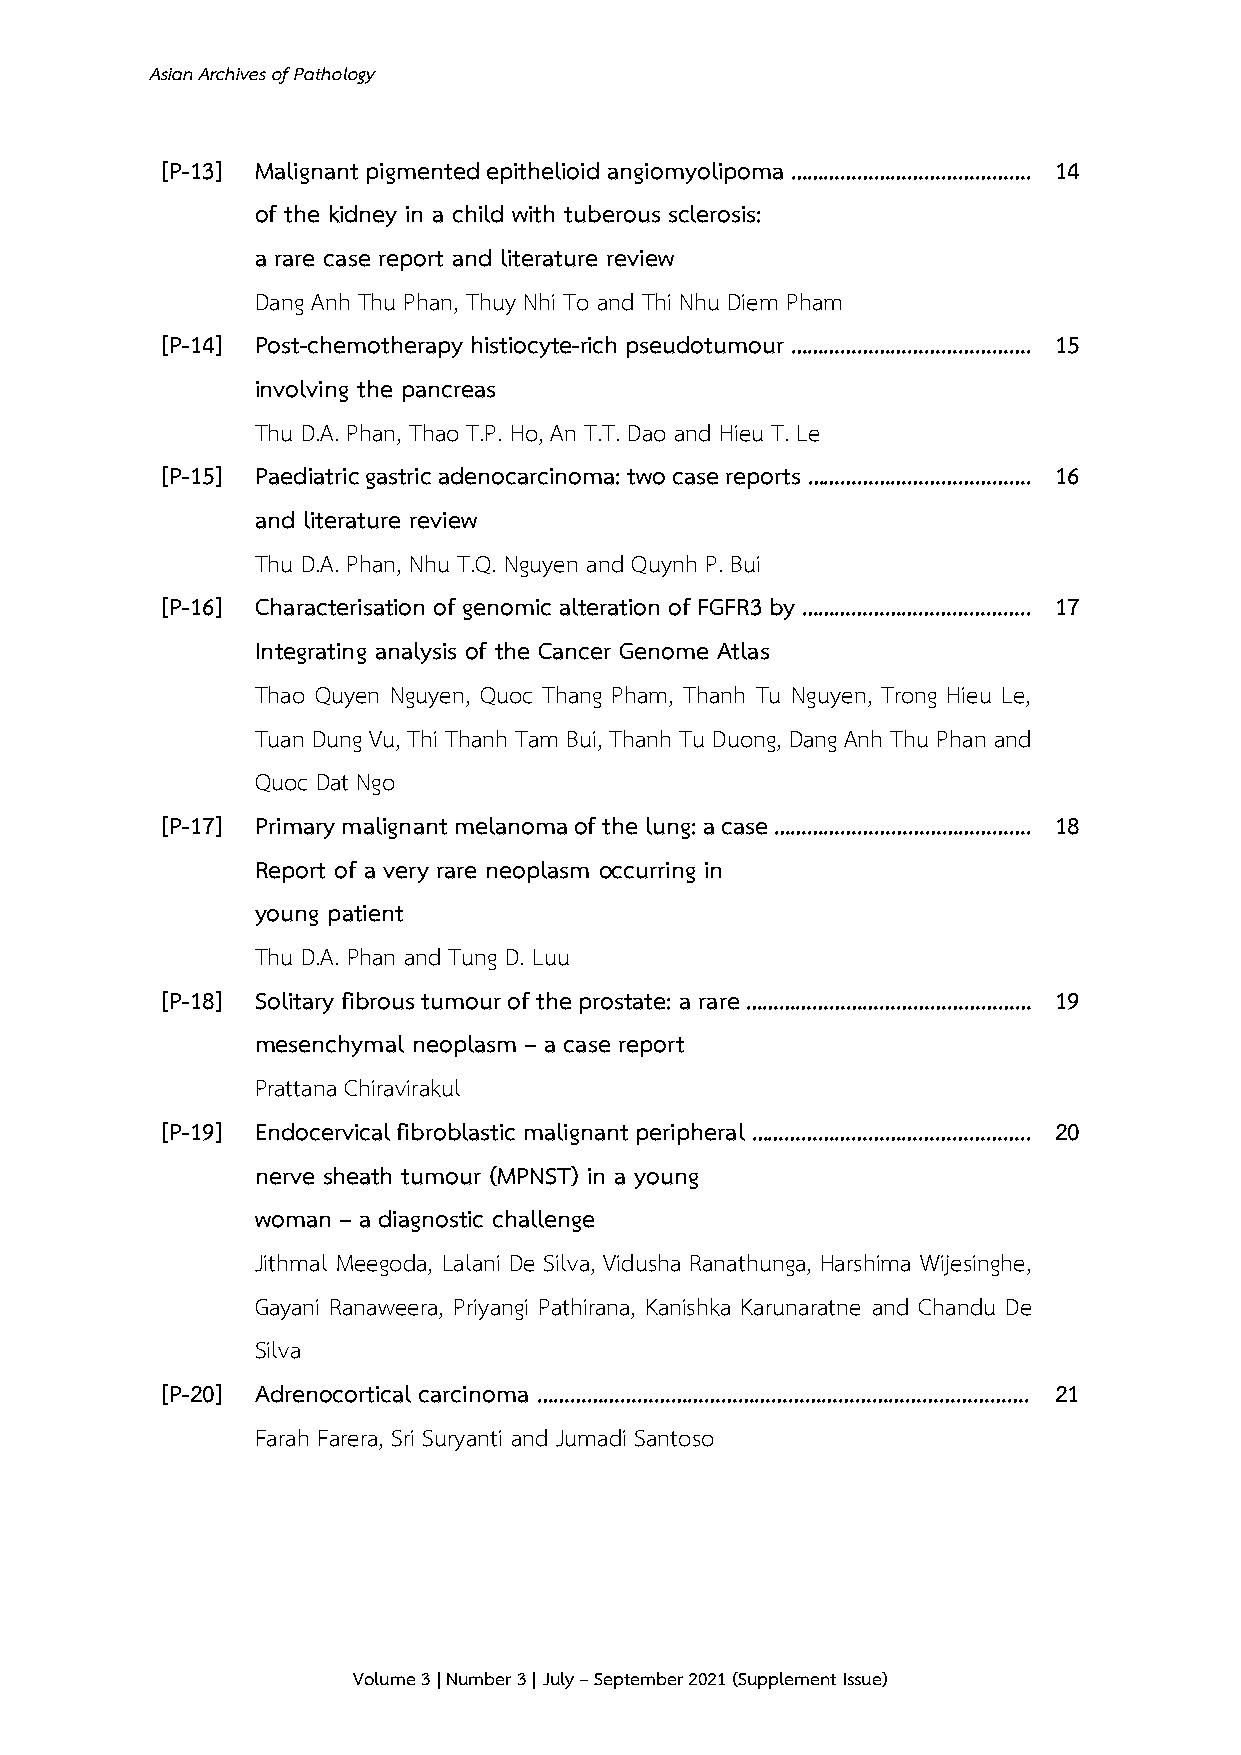
Asian Archives of Pathology
 [P-13] Malignant pigmented epithelioid angiomyolipoma ……………………………………. 14
 of the kidney in a child with tuberous sclerosis:
 a rare case report and literature review
 Dang Anh Thu Phan, Thuy Nhi To and Thi Nhu Diem Pham
 [P-14] Post-chemotherapy histiocyte-rich pseudotumour ……………………………………. 15
 involving the pancreas
 Thu D.A. Phan, Thao T.P. Ho, An T.T. Dao and Hieu T. Le
 [P-15] Paediatric gastric adenocarcinoma: two case reports …………………………………. 16
 and literature review
 Thu D.A. Phan, Nhu T.Q. Nguyen and Quynh P. Bui
 [P-16] Characterisation of genomic alteration of FGFR3 by ………………………………….. 17
 Integrating analysis of the Cancer Genome Atlas
 Thao Quyen Nguyen, Quoc Thang Pham, Thanh Tu Nguyen, Trong Hieu Le,
 Tuan Dung Vu, Thi Thanh Tam Bui, Thanh Tu Duong, Dang Anh Thu Phan and
 Quoc Dat Ngo
 [P-17] Primary malignant melanoma of the lung: a case ………………………………………. 18
 Report of a very rare neoplasm occurring in
 young patient
 Thu D.A. Phan and Tung D. Luu
 [P-18] Solitary fibrous tumour of the prostate: a rare …………………………………………… 19
 mesenchymal neoplasm – a case report
 Prattana Chiravirakul
 [P-19] Endocervical fibroblastic malignant peripheral ………………………………………….. 20
 nerve sheath tumour (MPNST) in a young
 woman – a diagnostic challenge
 Jithmal Meegoda, Lalani De Silva, Vidusha Ranathunga, Harshima Wijesinghe,
 Gayani Ranaweera, Priyangi Pathirana, Kanishka Karunaratne and Chandu De
 Silva
 [P-20] Adrenocortical carcinoma ……………………………………………………………………………. 21
 Farah Farera, Sri Suryanti and Jumadi Santoso
 Volume 3 | Number 3 | July – September 2021 (Supplement Issue)